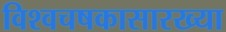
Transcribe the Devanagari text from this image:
विश्वचषकासारख्या